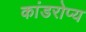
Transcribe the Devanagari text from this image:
कांडरोप्य